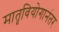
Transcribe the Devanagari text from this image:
मातृवियोगानंतर